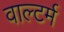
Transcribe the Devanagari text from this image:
वाल्टर्म